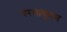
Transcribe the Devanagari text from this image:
परमाणुबम